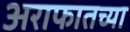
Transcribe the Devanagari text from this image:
अराफातच्या